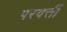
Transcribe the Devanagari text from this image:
परवर्त्ती